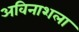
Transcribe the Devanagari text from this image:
अविनाशला